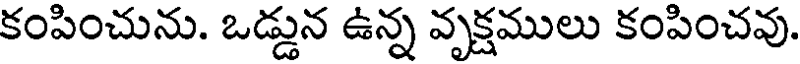
కంపించును. ఒడ్డున ఉన్న వృక్షములు కంపించవు.